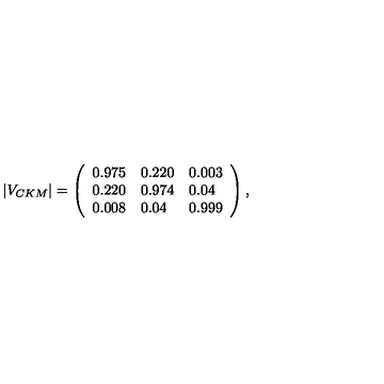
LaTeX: | V _ { C K M } | = \left( \begin{array} { l l l } { 0 . 9 7 5 } & { 0 . 2 2 0 } & { 0 . 0 0 3 } \\ { 0 . 2 2 0 } & { 0 . 9 7 4 } & { 0 . 0 4 } \\ { 0 . 0 0 8 } & { 0 . 0 4 } & { 0 . 9 9 9 } \\ \end{array} \right) ,